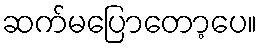
ဆက်မပြောတော့ပေ။